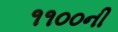
૧૧૦૦ની